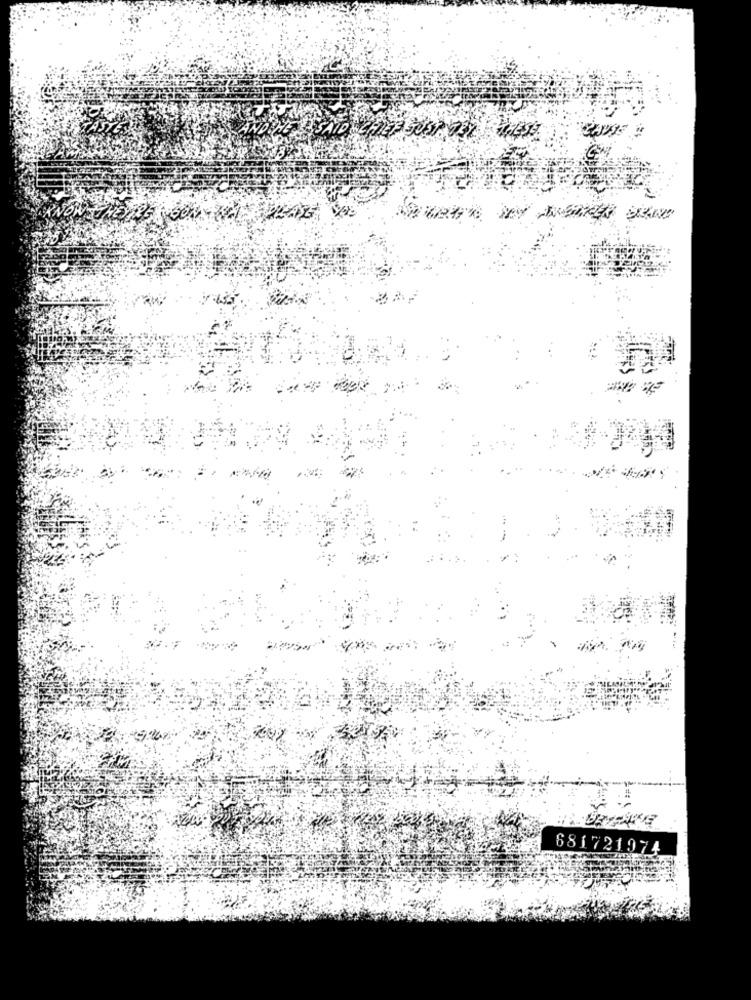
681721974